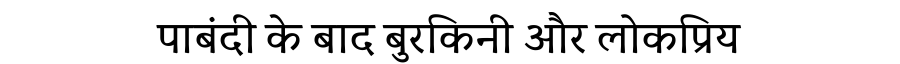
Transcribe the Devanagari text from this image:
पाबंदी के बाद बुरकिनी और लोकप्रिय